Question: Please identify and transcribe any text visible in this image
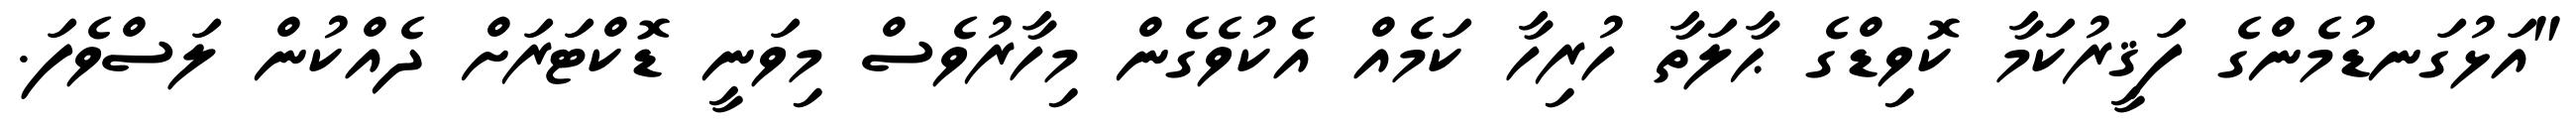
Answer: "އަޅުގަނޑުމެންގެ ފަޤީރުކަމާ ކޮވިޑްގެ ޙާލަތާ ހުރިހާ ކަމެއް އެކުވެގެން މިހާރުވެސް މިވަނީ ޑޮކްޓަރަށް ދެއްކުން ލަސްވެފަ.